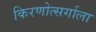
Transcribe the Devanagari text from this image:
किरणोत्सर्गाला